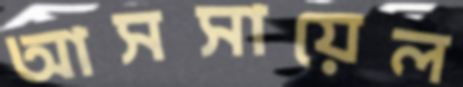
আসসায়েল